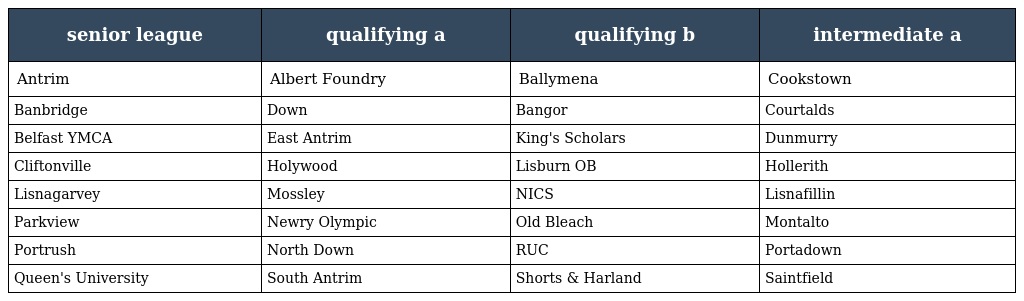
| senior league | qualifying a | qualifying b | intermediate a |
 | --- | --- | --- | --- |
 | Antrim | Albert Foundry | Ballymena | Cookstown |
 | Banbridge | Down | Bangor | Courtalds |
 | Belfast YMCA | East Antrim | King's Scholars | Dunmurry |
 | Cliftonville | Holywood | Lisburn OB | Hollerith |
 | Lisnagarvey | Mossley | NICS | Lisnafillin |
 | Parkview | Newry Olympic | Old Bleach | Montalto |
 | Portrush | North Down | RUC | Portadown |
 | Queen's University | South Antrim | Shorts & Harland | Saintfield |